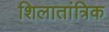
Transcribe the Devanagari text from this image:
शिलातांत्रिक